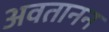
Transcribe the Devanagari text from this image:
अवतानन